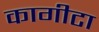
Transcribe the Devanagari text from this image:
कागीटा